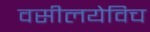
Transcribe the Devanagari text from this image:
वसीलयेविच